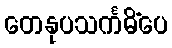
တေနုပသင်္ကမိံပေ